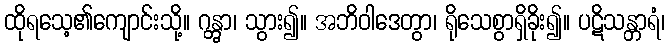
ထိုရသေ့၏ကျောင်းသို့။ ဂန္တွာ၊ သွား၍။ အဘိဝါဒေတွာ၊ ရိုသေစွာရှိခိုး၍။ ပဋိသန္တာရံ၊